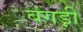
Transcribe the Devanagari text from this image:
बंगड़ी